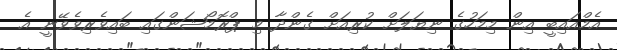
އެމްއައިބީ އިން މިމަހުގެ ނިޔަލަށް ކުރިއަށް ގެންދާ މި ޕްރޮމޯޝަންގައި ބައިވެރިވެވޭނީ އެ